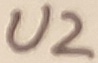
Text: U2